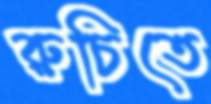
রুচিতে